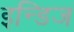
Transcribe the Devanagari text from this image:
इन्डिज